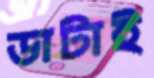
ডাটাই